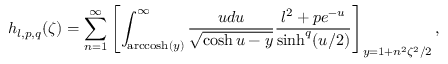
h _ { l , p , q } ( \zeta ) = \sum _ { n = 1 } ^ { \infty } \left[ \int _ { \mathrm { a r c c o s h } ( y ) } ^ { \infty } \frac { u d u } { \sqrt { \cosh u - y } } \frac { l ^ { 2 } + p e ^ { - u } } { \sinh ^ { q } ( u / 2 ) } \right] _ { y = 1 + n ^ { 2 } \zeta ^ { 2 } / 2 } ,